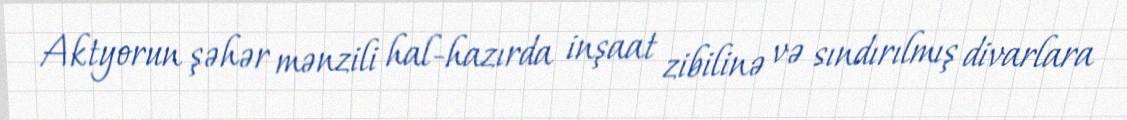
Aktyorun şəhər mənzili hal-hazırda inşaat zibilinə və sındırılmış divarlara